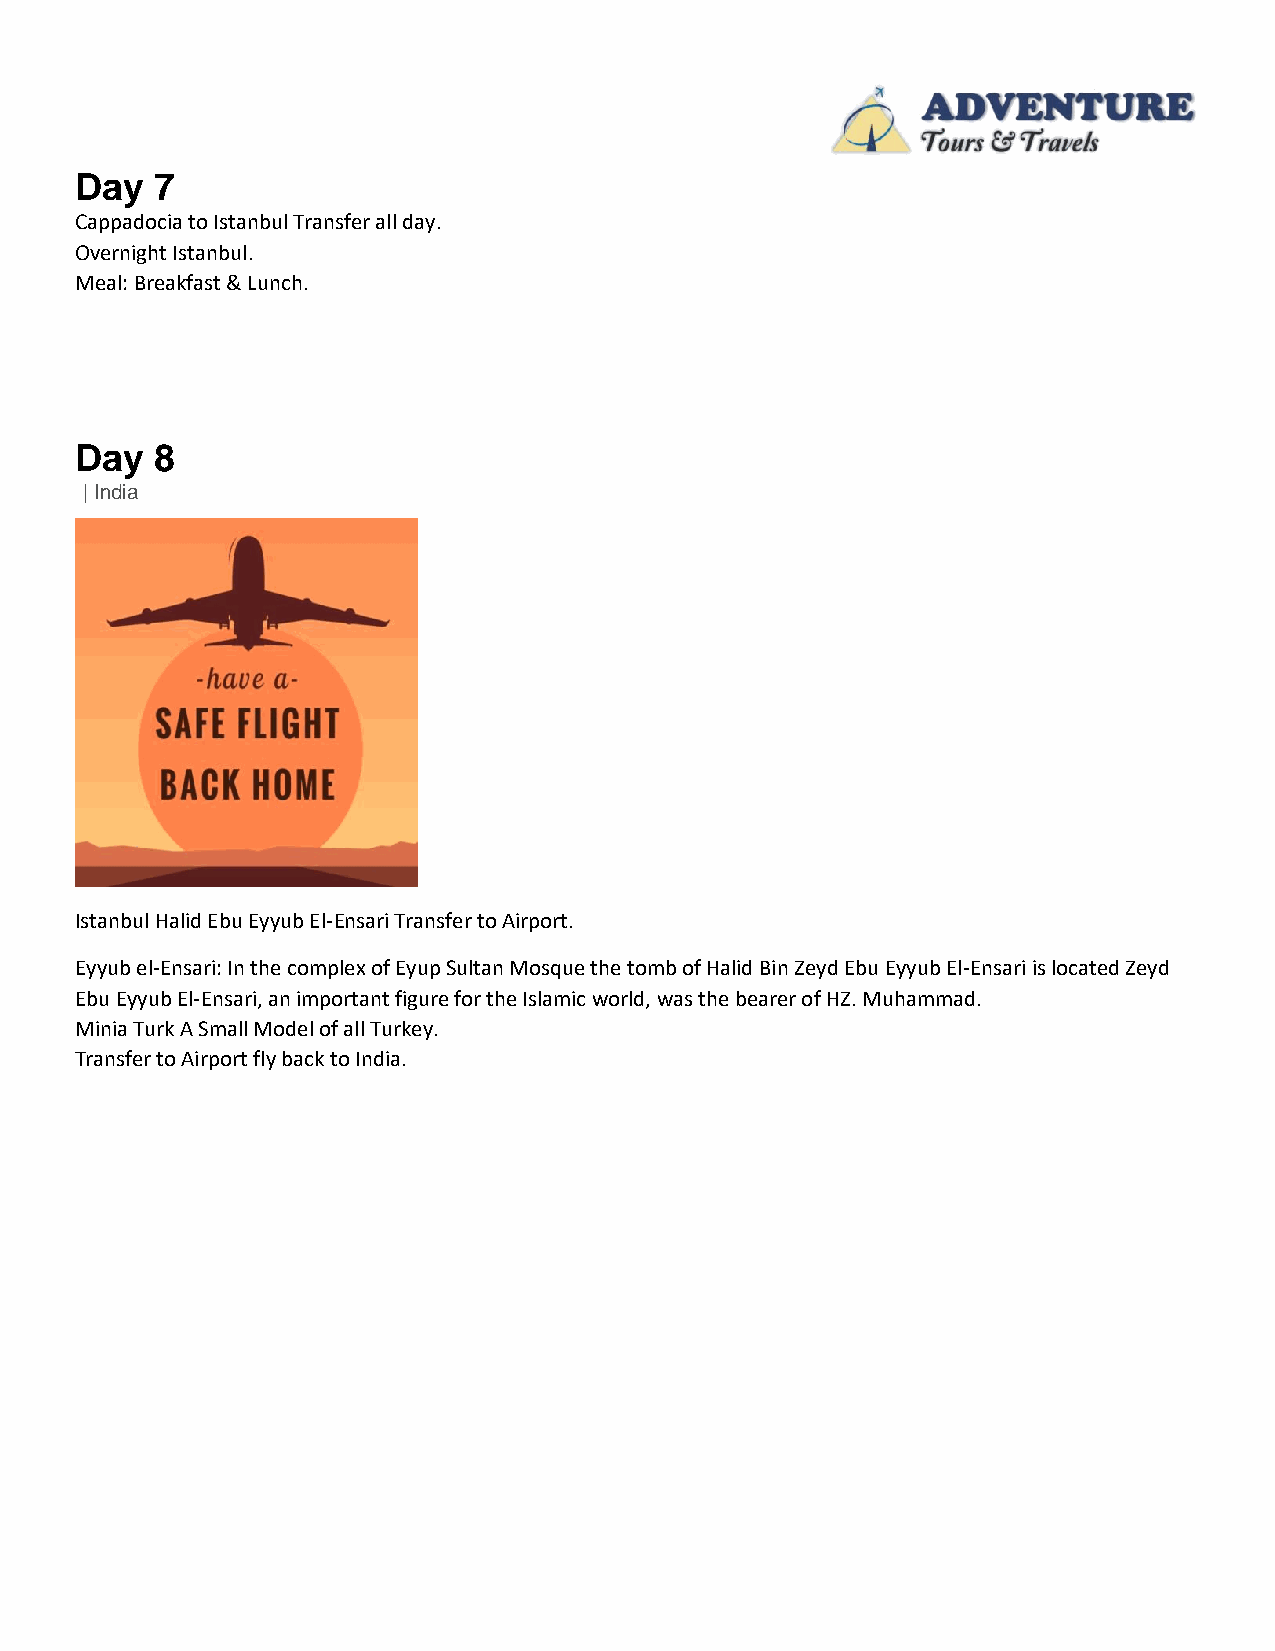
Day  7
 Cappadocia to Istanbul Transfer all day.
 Overnight Istanbul.
 Meal: Breakfast & Lunch.
 Day  8
 | India
 Istanbul Halid Ebu Eyyub El-Ensari Transfer to Airport.
 Eyyub el-Ensari: In the complex of Eyup Sultan Mosque the tomb of Halid Bin Zeyd Ebu Eyyub El-Ensari is located Zeyd
 Ebu Eyyub El-Ensari, an important figure for the Islamic world, was the bearer of HZ. Muhammad.
 Minia Turk A Small Model of all Turkey.
 Transfer to Airport fly back to India.